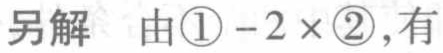
另解 由\textcircled{1} - 2×\textcircled{2}, 有